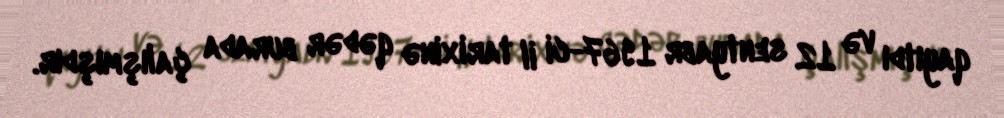
qayıtdı və 12 sentyabr 1967-ci il tarixinə qədər burada çalışmışdır.